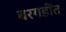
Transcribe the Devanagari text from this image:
बरगडींत